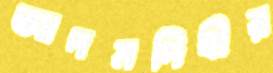
আদমদিঘীর